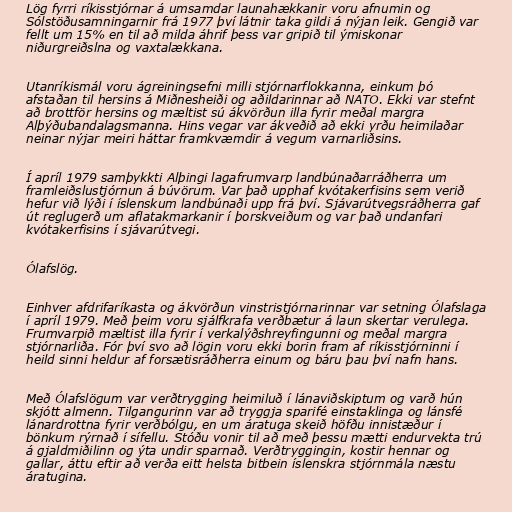
Lög fyrri ríkisstjórnar á umsamdar launahækkanir voru afnumin og
Sólstöðusamningarnir frá 1977 því látnir taka gildi á nýjan leik. Gengið var
fellt um 15% en til að milda áhrif þess var gripið til ýmiskonar
niðurgreiðslna og vaxtalækkana.

Utanríkismál voru ágreiningsefni milli stjórnarflokkanna, einkum þó
afstaðan til hersins á Miðnesheiði og aðildarinnar að NATO. Ekki var stefnt
að brottför hersins og mæltist sú ákvörðun illa fyrir meðal margra
Alþýðubandalagsmanna. Hins vegar var ákveðið að ekki yrðu heimilaðar
neinar nýjar meiri háttar framkvæmdir á vegum varnarliðsins.

Í apríl 1979 samþykkti Alþingi lagafrumvarp landbúnaðarráðherra um
framleiðslustjórnun á búvörum. Var það upphaf kvótakerfisins sem verið
hefur við lýði í íslenskum landbúnaði upp frá því. Sjávarútvegsráðherra gaf
út reglugerð um aflatakmarkanir í þorskveiðum og var það undanfari
kvótakerfisins í sjávarútvegi.

Ólafslög.

Einhver afdrifaríkasta og ákvörðun vinstristjórnarinnar var setning Ólafslaga
í apríl 1979. Með þeim voru sjálfkrafa verðbætur á laun skertar verulega.
Frumvarpið mæltist illa fyrir í verkalýðshreyfingunni og meðal margra
stjórnarliða. Fór því svo að lögin voru ekki borin fram af ríkisstjórninni í
heild sinni heldur af forsætisráðherra einum og báru þau því nafn hans.

Með Ólafslögum var verðtrygging heimiluð í lánaviðskiptum og varð hún
skjótt almenn. Tilgangurinn var að tryggja sparifé einstaklinga og lánsfé
lánardrottna fyrir verðbólgu, en um áratuga skeið höfðu innistæður í
bönkum rýrnað í sífellu. Stóðu vonir til að með þessu mætti endurvekta trú
á gjaldmiðilinn og ýta undir sparnað. Verðtryggingin, kostir hennar og
gallar, áttu eftir að verða eitt helsta bitbein íslenskra stjórnmála næstu
áratugina.